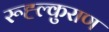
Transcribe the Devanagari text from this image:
रूह्ल्कुराण